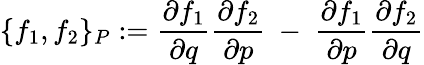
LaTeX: \{ f_{1},f_{2}\} _{P}:=\frac{\partial f_{1}}{\partial q}\frac{\partial f_{2}}{\partial p}\ -\ \frac{\partial f_{1}}{\partial p}\frac{\partial f_{2}}{\partial q}